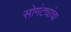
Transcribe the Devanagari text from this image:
सोगंट्यांचा